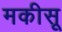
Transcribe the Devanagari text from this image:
मकीसू